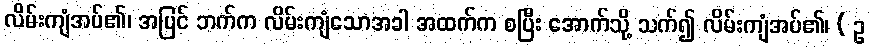
လိမ်းကျံအပ်၏၊ အပြင် ဘက်က လိမ်းကျံသောအခါ အထက်က စပြီး အောက်သို့ သက်၍ လိမ်းကျံအပ်၏၊ ( ဥ